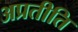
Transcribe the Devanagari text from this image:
अप्रतीति